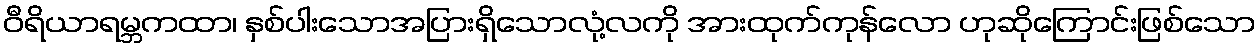
ဝီရိယာရမ္ဘကထာ၊ နှစ်ပါးသောအပြားရှိသောလုံ့လကို အားထုက်ကုန်လော ဟုဆိုကြောင်းဖြစ်သော